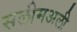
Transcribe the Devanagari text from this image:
सलीमअली